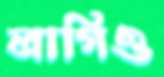
লাগিও